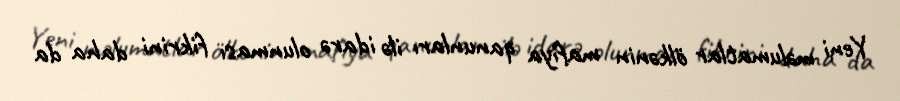
Yeni məlumatlar ölkənin mafiya qanunları ilə idarə olunması fikrini daha da